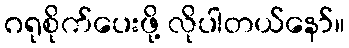
ဂရုစိုက်ပေးဖို့ လိုပါတယ်နော်။